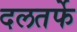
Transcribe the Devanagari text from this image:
दलतर्फे